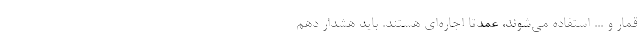
قمار و ... استفاده می‌شوند، عمدتاً اجاره‌ای هستند. باید هشدار دهم